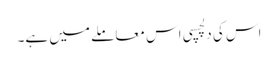
اس کی دلچسپی اس معاملے میں ہے۔